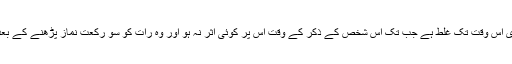
( میرے خیال میں) اس کا دعویٰ اس وقت تک غلط ہے جب تک اس شخص کے ذکر کے وقت اس پر کوئی اثر نہ ہو اور وہ رات کو سو رکعت نماز پڑھنے کے بعد یہ دعا نہ کرے کہ:‘‘اے اللہ !